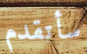
سأتقدم